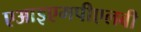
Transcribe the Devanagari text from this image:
एआइएमपीएलबी